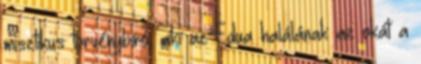
misztikus törvénybíró, aki az Edua halálának az okát a